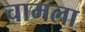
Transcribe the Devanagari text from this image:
चामला